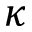
\kappa